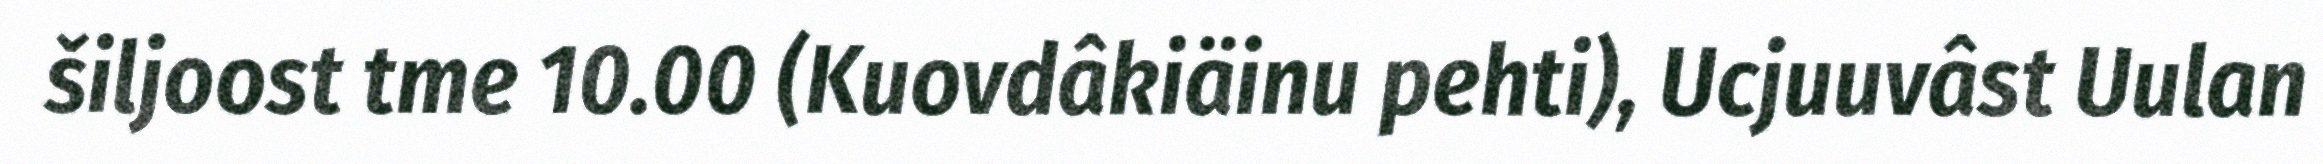
šiljoost tme 10.00 (Kuovdâkiäinu pehti), Ucjuuvâst Uulan